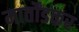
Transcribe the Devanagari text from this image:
मार्तोंडकर